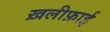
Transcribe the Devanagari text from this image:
ख़लीफ़ाई